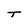
Character: T